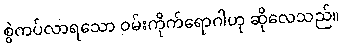
စွဲကပ်လာရသော ဝမ်းကိုက်ရောဂါဟု ဆိုလေသည်။